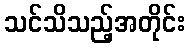
သင်သိသည့်အတိုင်း